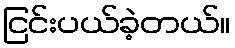
ငြင်းပယ်ခဲ့တယ်။